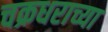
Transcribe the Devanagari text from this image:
चक्रधराच्या